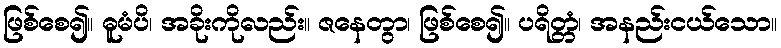
ဖြစ်စေ၍။ ဓူမံပိ၊ အခိုးကိုလည်း။ ဇနေတွာ၊ ဖြစ်စေ၍။ ပရိတ္တံ၊ အနည်းငယ်သော။